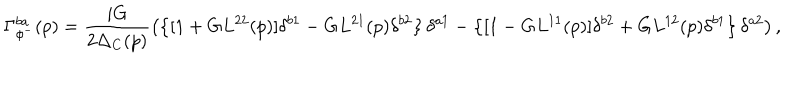
\Gamma _ { \phi ^ { - } } ^ { b a } ( p ) = \frac { i G } { 2 \Delta _ { C } ( p ) } \left( \left\{ [ 1 + G L ^ { 2 2 } ( p ) ] \delta ^ { b 1 } - G L ^ { 2 1 } ( p ) \delta ^ { b 2 } \right\} \delta ^ { a 1 } - \left\{ [ 1 - G L ^ { 1 1 } ( p ) ] \delta ^ { b 2 } + G L ^ { 1 2 } ( p ) \delta ^ { b 1 } \right\} \delta ^ { a 2 } \right) ,